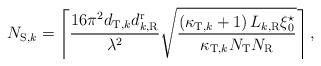
LaTeX: \begin{align*} {N_{{\rm{S,}}k}} = \left\lceil \frac{{16{\pi ^2}{d_{{\rm T},k}}d_{{k,{\rm R}}}^{\rm{r}} }}{{{\lambda ^2}}}\sqrt {\frac{{\left( {{\kappa _{{\rm{T}},k}} + 1} \right){L_{{k,{\rm{R}}}}}{\xi _0^\star}}}{{{\kappa _{{\rm{T}},k}}{N_{\rm{T}}}{N_{\rm{R}}}}}}\right\rceil,\end{align*}